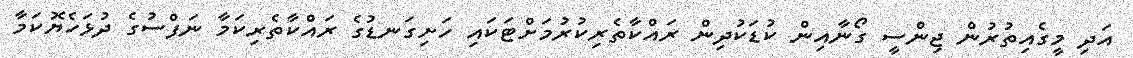
އަދި މީގެއިތުރުން ޖިންސީ ގޯނާއިން ކުޑަކުދިން ރައްކާތެރިކުރުމަށްޓަކައި ހަށިގަނޑުގެ ރައްކާތެރިކަމާ ނަފްސުގެ ދުޅަހެޔޮކަމާ